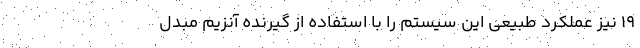
۱۹ نیز عملکرد طبیعی این سیستم را با استفاده از گیرنده آنزیم مبدل